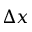
\Delta x